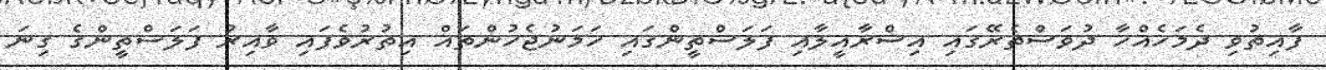
ފާއިތުވި ދެމަހެއްހާ ދުވަސްތެރޭގައި އިސްރާއީލާއި ފަލަސްތީންގައި ހަމަނުޖެހުންތައް އިތުރުވެފައި ވާއިރު ފަލަސްތީންގެ ގިނަ